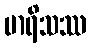
မာရိသဿ